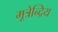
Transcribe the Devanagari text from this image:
मूत्रेन्द्रिय